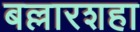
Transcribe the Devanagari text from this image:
बल्लारशहा